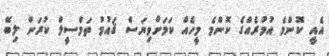
އެއީ ކޮންމެ އުމުރެއްގެ ކޮންމެ މީހެއް ކަމަށްވިޔަސް ޤައުމު ތަމްސީލް ކުރަން ލިބޭ